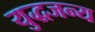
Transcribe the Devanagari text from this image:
युद्धजन्‍य